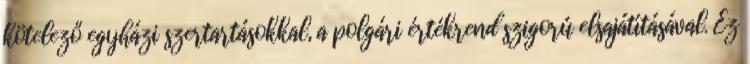
kötelező egyházi szertartásokkal, a polgári értékrend szigorú elsajátításával. Ez